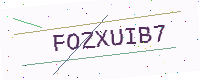
Text: FOZXUIB7